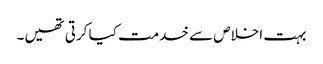
بہت اخلاص سے خدمت کیا کرتی تھیں۔